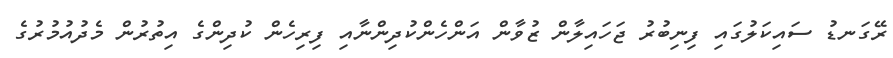
ރޭގަނޑު ސައިކަލުގައި ފިނިބުރު ޖަހައިލާން ޒުވާން އަންހެންކުދިންނާއި ފިރިހެން ކުދިންގެ އިތުރުން މެދުއުމުރުގެ